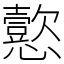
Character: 𫻚